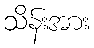
သိန်းအား